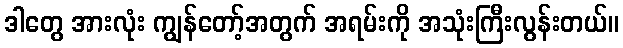
ဒါတွေ အားလုံး ကျွန်တော့်အတွက် အရမ်းကို အသုံးကြီးလွန်းတယ်။